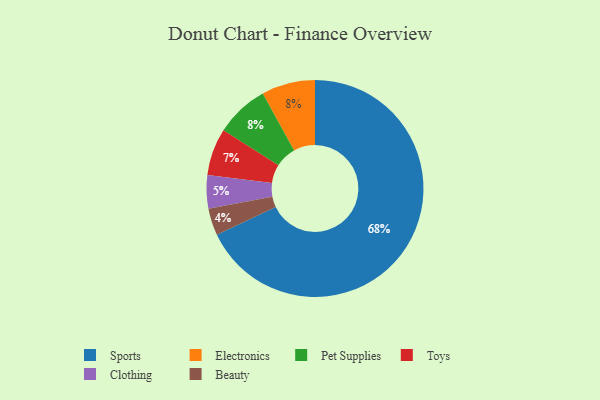
{"axis": {"x": "Category", "y": "Percentage"}, "legend": ["Beauty", "Clothing", "Electronics", "Pet Supplies", "Sports", "Toys"], "data": [{"x": "Clothing", "y": 5, "type": "Clothing"}, {"x": "Electronics", "y": 8, "type": "Electronics"}, {"x": "Beauty", "y": 4, "type": "Beauty"}, {"x": "Pet Supplies", "y": 8, "type": "Pet Supplies"}, {"x": "Sports", "y": 68, "type": "Sports"}, {"x": "Toys", "y": 7, "type": "Toys"}]}